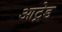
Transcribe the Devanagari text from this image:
आट्रेड